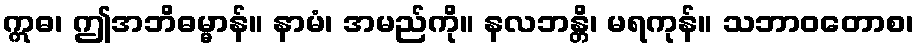
ဣဓ၊ ဤအဘိဓမ္မာန်။ နာမံ၊ အမည်ကို။ နလဘန္တိ၊ မရကုန်။ သဘာဝတောစ၊